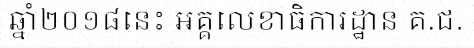
ឆ្នាំ២០១៨នេះ អគ្គលេខាធិការដ្ឋាន គ.ជ.